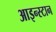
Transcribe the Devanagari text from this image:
आइन्स्टान